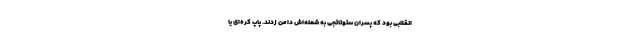
انقلابی بود که پسران سئوتائجی به شعله‌اش دامن زدند. پاپ کره‌ای یا